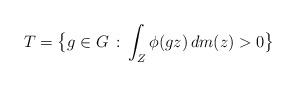
LaTeX: \begin{align*}T = \big\{ g \in G \, : \, \int_Z \phi(gz) \, dm(z) > 0 \big\}\end{align*}